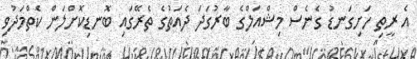
އެ ރީތި ހަށިގަނޑު ގެނެސް މިޝްއަލްގެ ބާރުގަދަ ދެއަތުގެ ތެރޭގައި ބޮނޑިކޮށްލަން ކެތްމަދުވި